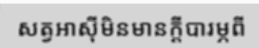
សត្វអាស៊ីមិនមានក្តីបារម្ភពី